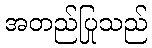
အတည်ပြုသည်